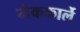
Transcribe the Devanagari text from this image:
मैककार्ले